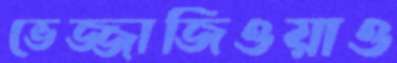
ভেজ্জাজিওয়াও